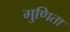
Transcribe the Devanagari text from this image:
गुणिता